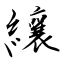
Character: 纕